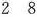
15请补全下面这个残缺的除法竖式。问：这个除法算式的商是多少?